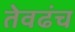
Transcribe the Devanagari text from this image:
तेवढंच